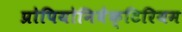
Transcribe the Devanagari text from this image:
प्रोपियोनिबैक्टिरियम